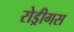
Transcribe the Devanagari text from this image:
रोड्रीगस